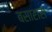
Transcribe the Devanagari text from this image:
बसारास